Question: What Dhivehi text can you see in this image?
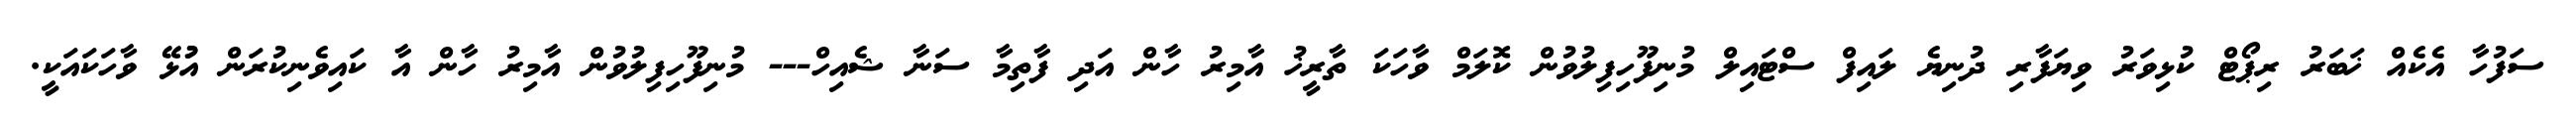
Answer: ސަފުހާ އެކެއް ޚަބަރު ރިޕޯޓް ކުޅިވަރު ވިޔަފާރި ދުނިޔެ ލައިފް ސްޓައިލް މުނިފޫހިފިލުވުން ކޮލަމް ވާހަކަ ތާރީޚު އާމިރު ހާން އަދި ފާތިމާ ސަނާ ޝެއިހް--- މުނިފޫހިފިލުވުން އާމިރު ހާން އާ ކައިވެނިކުރަން އުުޅޭ ވާހަކައަކީ.